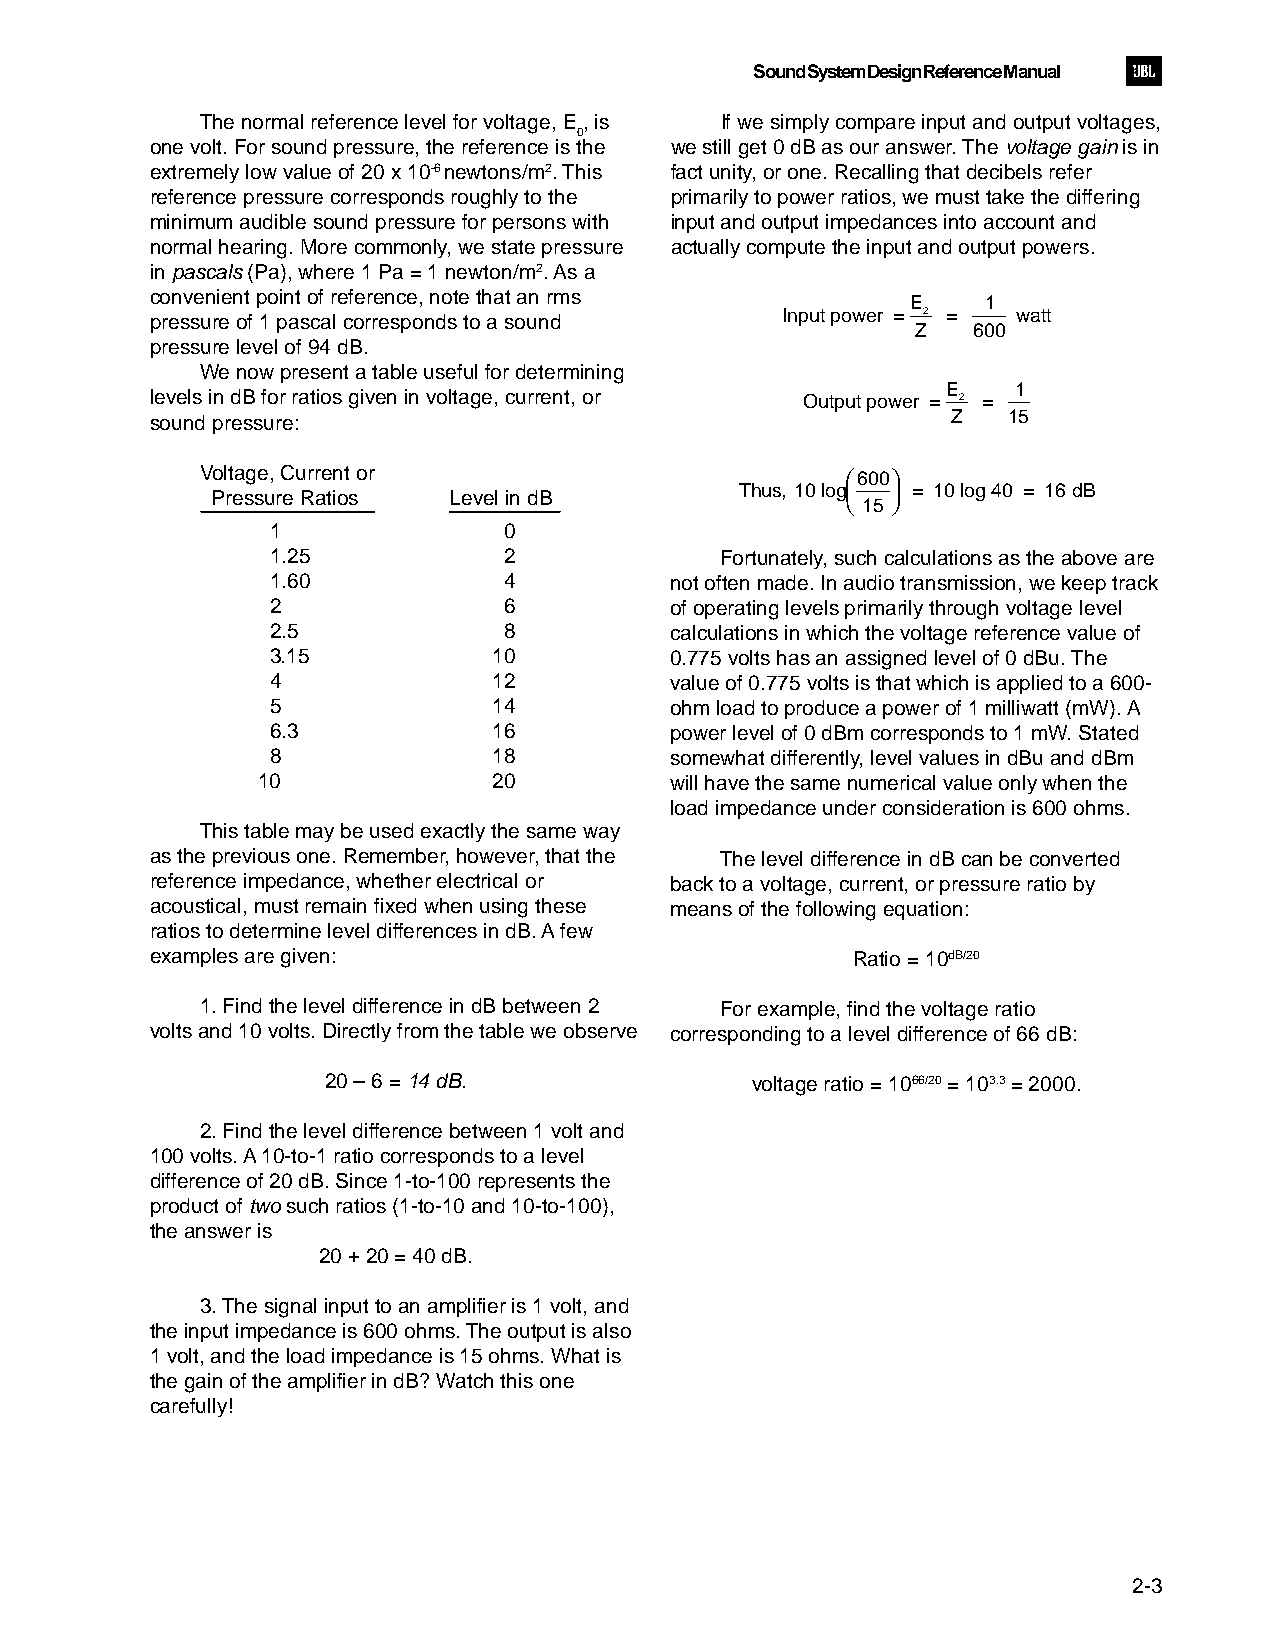
Sound System Design Reference Manual
 The normal reference level for voltage, E , is If we simply compare input and output voltages,
 0
 one volt. For sound pressure, the reference is the we still get 0 dB as our answer. The voltage gain is in
 extremely low value of 20 x 10-6 newtons/m2. This fact unity, or one. Recalling that decibels refer
 reference pressure corresponds roughly to the primarily to power ratios, we must take the differing
 minimum audible sound pressure for persons with input and output impedances into account and
 normal hearing. More commonly, we state pressure actually compute the input and output powers.
 in pascals (Pa), where 1 Pa = 1 newton/m2. As a
 convenient point of reference, note that an rms   E    1
 Input power = 2 = watt
 pressure of 1 pascal corresponds to a sound
 Z  600
 pressure level of 94 dB.
 We now present a table useful for determining
 E   1
 levels in dB for ratios given in voltage, current, or Output power = 2 =
 sound pressure:                                      Z   15
 Voltage, Current or                        600
 Thus, 10 log  = 10 log 40 = 16 dB
 Pressure Ratios Level in dB                15 
 1              0
 1.25           2              Fortunately, such calculations as the above are
 1.60           4          not often made. In audio transmission, we keep track
 2              6          of operating levels primarily through voltage level
 2.5            8          calculations in which the voltage reference value of
 3.15           10         0.775 volts has an assigned level of 0 dBu. The
 4              12         value of 0.775 volts is that which is applied to a 600-
 5              14         ohm load to produce a power of 1 milliwatt (mW). A
 6.3            16         power level of 0 dBm corresponds to 1 mW. Stated
 8              18         somewhat differently, level values in dBu and dBm
 10              20         will have the same numerical value only when the
 load impedance under consideration is 600 ohms.
 This table may be used exactly the same way
 as the previous one. Remember, however, that the The level difference in dB can be converted
 reference impedance, whether electrical or back to a voltage, current, or pressure ratio by
 acoustical, must remain fixed when using these means of the following equation:
 ratios to determine level differences in dB. A few
 examples are given:                           Ratio = 10dB/20
 1. Find the level difference in dB between 2 For example, find the voltage ratio
 volts and 10 volts. Directly from the table we observe corresponding to a level difference of 66 dB:
 20 – 6 = 14 dB.             voltage ratio = 1066/20 = 103.3 = 2000.
 2. Find the level difference between 1 volt and
 100 volts. A 10-to-1 ratio corresponds to a level
 difference of 20 dB. Since 1-to-100 represents the
 product of two such ratios (1-to-10 and 10-to-100),
 the answer is
 20 + 20 = 40 dB.
 3. The signal input to an amplifier is 1 volt, and
 the input impedance is 600 ohms. The output is also
 1 volt, and the load impedance is 15 ohms. What is
 the gain of the amplifier in dB? Watch this one
 carefully!
 2-3